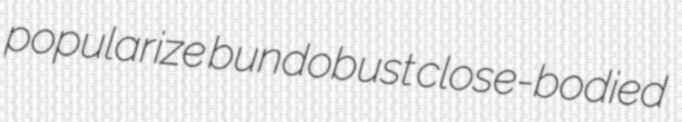
popularize bundobust close-bodied